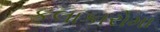
કલાકારોમા